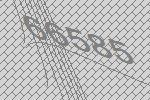
66585